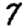
Digit: 7